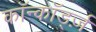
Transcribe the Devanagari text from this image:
कॉन्कॉर्ड्ज़